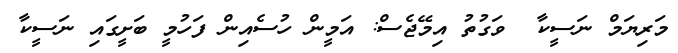
މަރިޔަމް ނަސީކާ  ވަގުތު އިމޭޖެސް: އަމީން ހުސެއިން ފަހުމީ ބަށީގައި ނަސީކާ